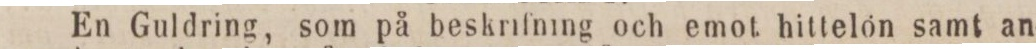
En Guldring, som på beskrifning och emot hittelön samt an-